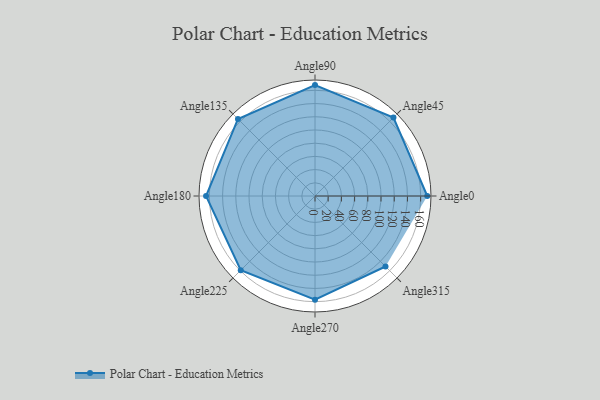
{"axis": {"x": "Angle", "y": "Radius"}, "legend": [""], "data": [{"x": "Angle0", "y": 170.0, "type": ""}, {"x": "Angle45", "y": 168.0, "type": ""}, {"x": "Angle90", "y": 168.0, "type": ""}, {"x": "Angle135", "y": 165.0, "type": ""}, {"x": "Angle180", "y": 165.0, "type": ""}, {"x": "Angle225", "y": 159.0, "type": ""}, {"x": "Angle270", "y": 157.0, "type": ""}, {"x": "Angle315", "y": 151.0, "type": ""}]}